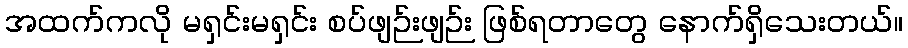
အထက်ကလို မရှင်းမရှင်း စပ်ဖျဉ်းဖျဉ်း ဖြစ်ရတာတွေ နောက်ရှိသေးတယ်။